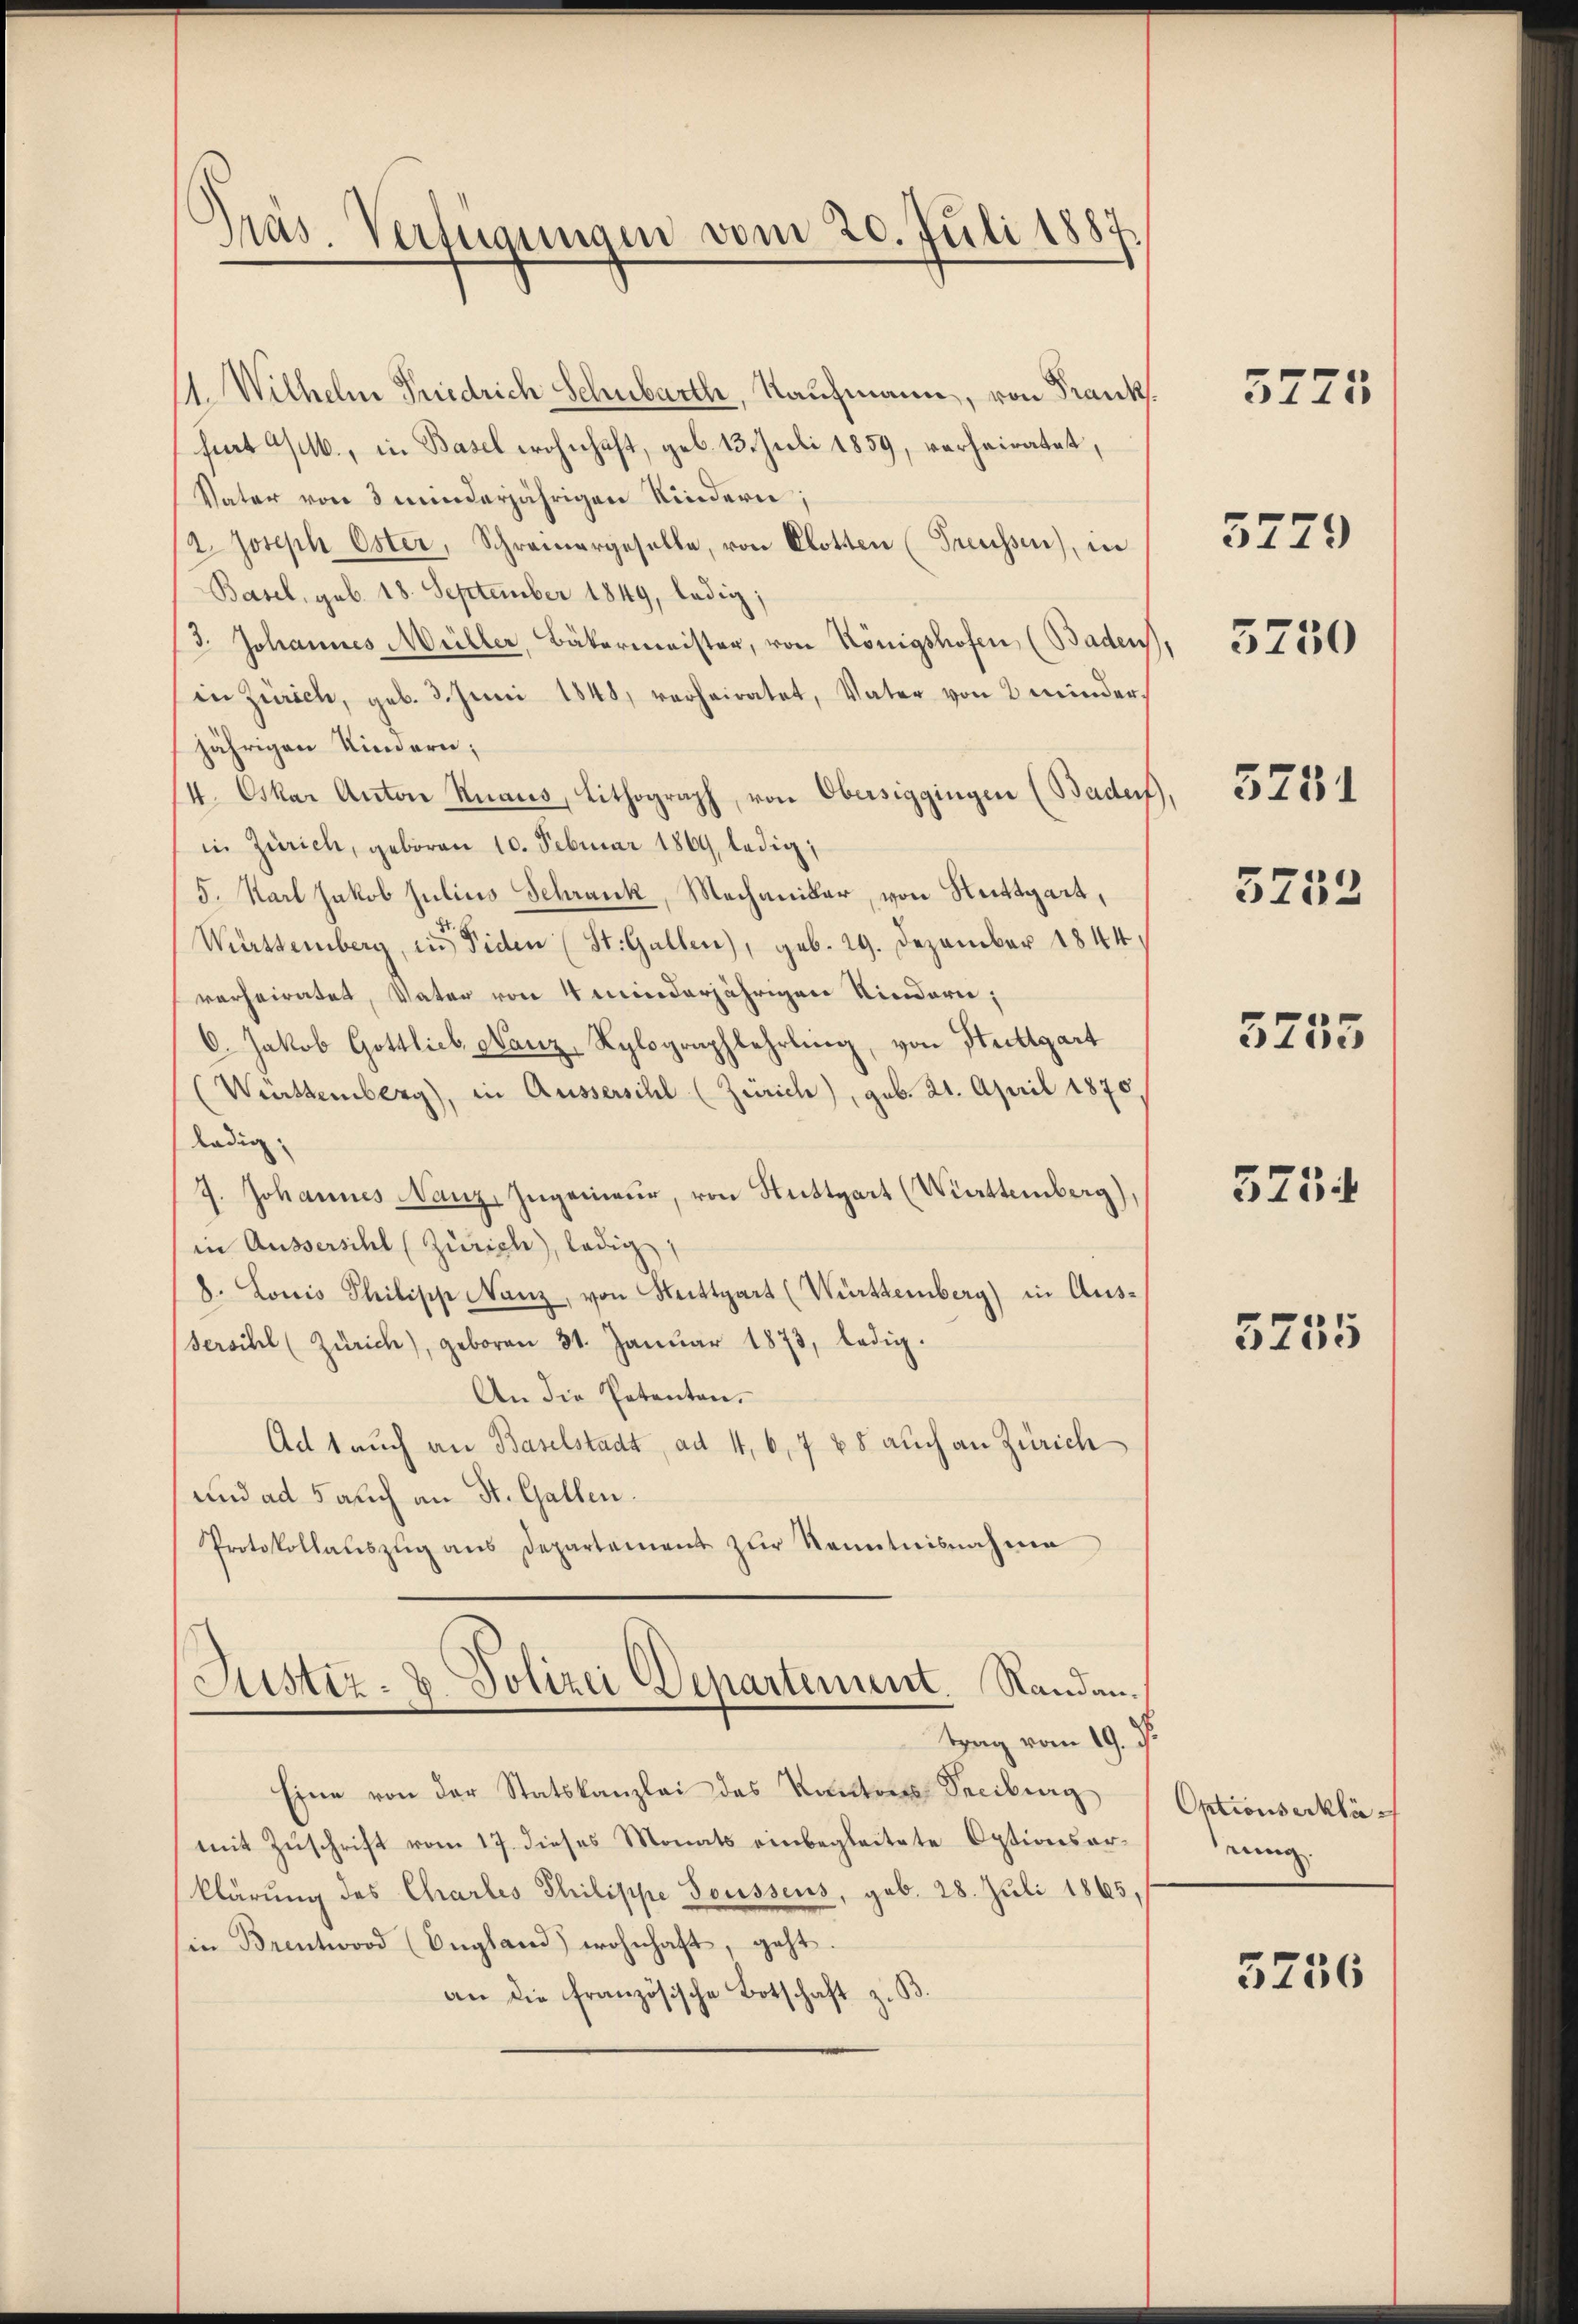
Präs. Verfügungen vom 20. Juli 1887

1. Wilhelm Friedrich Schubarth, Kaufmann, von Frank
fent Alb., in Basel wohnhaft, geb. 13. Juli 1859, verheiratet,
Vater von 3 minderjährigen Kindern;
1/2. Joseph Oster, Schramergeselle, von Plotten (Freussen), in
Basel, geb. 18. September 1849, ledig;
3. Johannes Müller, Bäkermeister, von Königshofen, (Baden
in Zürich, geb. 3. Juni 1841, verheiratet, Vater von 2 minder
jährigen Kindern;
4. Oskar Anton Knaus, Lithograph, von Obersiggingen (Bader
in Zürich, geboren 10. Februar 1869, ledig,
5. Karl Jakob Julius Schrank, Mechaniklar, von Stuttgart,
Württemberg, in Fiden (St. Gallen), geb. 29. Dezember 1844.
verheiratet, Vater von 4 minderjährigen Kindern;
6. Jakob Gottlieb. Nanz, Lylographlehrling, von Stuttgart
(Württemberg), in Aussersihl (Zürich), geb. 21. April 1870
ladig
7. Johannes Nanz, Ingenieur, von Stuttgart (Württemberg),
in Aussersihl (Zürich), ledig
8. Louis Philische Nanz, von Stuttgart (Württemberg) in Aus¬
Versihl (Zürich), geboren 31. Janŭar 1873, ledig.
An die Petenten.
Ad 1 auch an Baselstadt, ad 4, 6, 7 45 auch an Zürich
und ad 5 auch an St. Gallen.
Protokollatszŭg ans Departement zŭr Kenntnisnahme
Justiz- & Polizei Departement. Sandantrag vom 19. J.
Eine von der Statskanzlei des Kantons Speiburg
mit Zuschrift vom 17. dieses Monats einbegleitete Optionsarklärung des Chartes Philippe Soussens, geb. 28. Juli 1865,
(in Brentord (England) wohnhaft, geht.
an die französische Botschaft zu

)

5775

5729

5231

3750

3232

5255

3734

3755

Ontionserkläeung.

5236